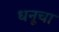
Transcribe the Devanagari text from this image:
धनूचा